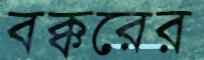
বক্করের